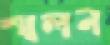
স্খলন